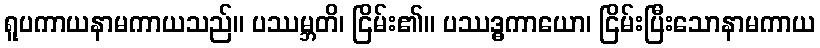
ရူပကာယနာမကာယသည်။ ပဿမ္ဘတိ၊ ငြိမ်း၏။ ပဿဒ္ဓကာယော၊ ငြိမ်းပြီးသောနာမကာယ